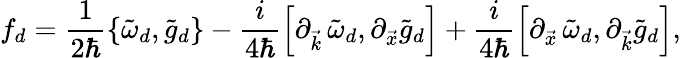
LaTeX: f_{d}=\frac{1}{2\hbar}\left\{ \tilde{\omega}_{d},\tilde{g}_{d}\right\} -\frac{i}{4\hbar}\left[\partial_{\vec{k}}\, \tilde{\omega}_{d},\partial_{\vec{x}}\tilde{g}_{d}\right]+\frac{i}{4\hbar}\left[\partial_{\vec{x}}\, \tilde{\omega}_{d},\partial_{\vec{k}}\tilde{g}_{d}\right],